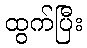
ထွက်ပြီး